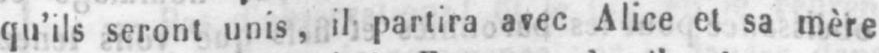
qu’ils seront unis, il partira avec Alice et sa mère